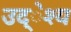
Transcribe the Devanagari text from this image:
उद्ेश्य